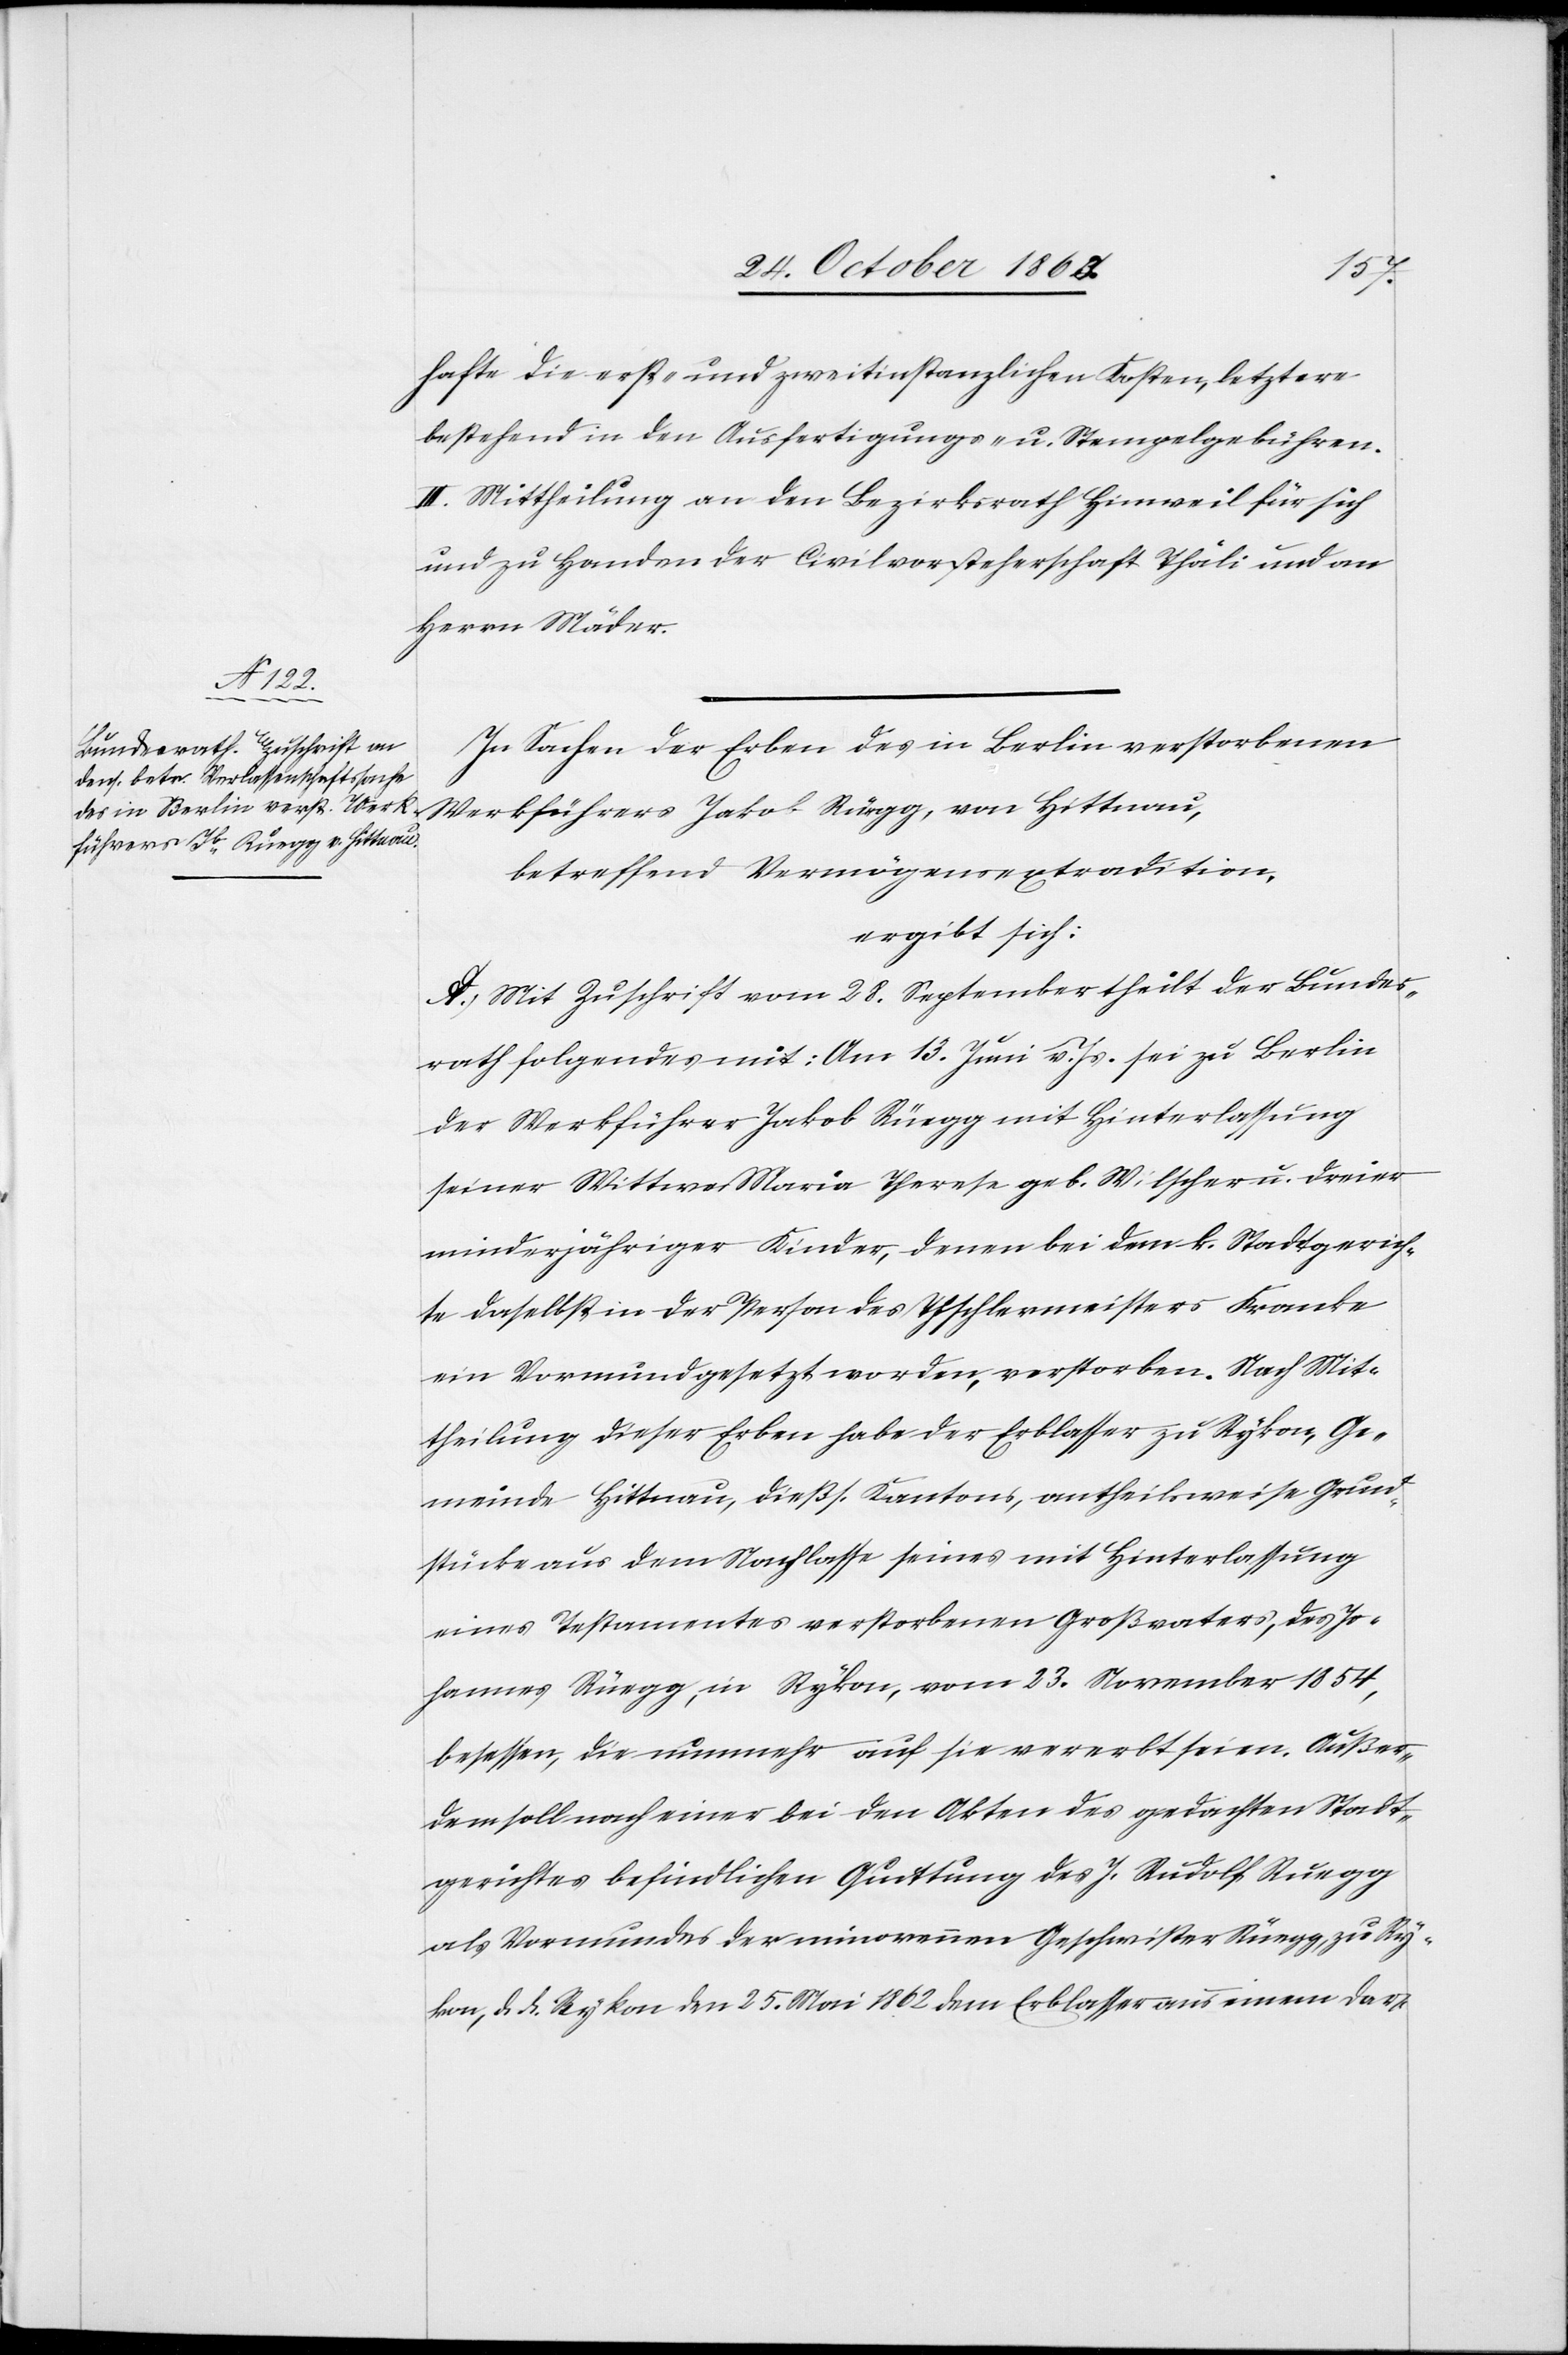
hafte die erst- und zweitinstanzlichen Kosten, letztere
bestehend in den Ausfertigungs- u. Stempelgebühren.
III. Mittheilung an den Bezirksrath Hinweil für sich
und zu Handen der Civilvorsteherschaft Thäli und an
Herrn Mäder.
In Sachen der Erben des in Berlin verstorbenen
Werkführers Jakob Rüegg [sic!], von Hittnau,
betreffend Vermögensextradition,
ergibt sich:
A.) Mit Zuschrift vom 28. September theilt der Bundes¬
rath folgendes mit: Am 13. Juni v. Js. sei zu Berlin
der Werkführer Jakob Rüegg mit Hinterlassung
seiner Wittwe Maria Therese geb. Wilscher u. dreier
minderjähriger Kinder, denen bei dem k. Stadtgerich¬
te daselbst in der Person des Tischlermeisters Franke
ein Vormund gesetzt worden, verstorben. Nach Mit¬
theilung dieser Erben habe der Erblasser zu Rykon, Ge¬
meinde Hittnau, dießs. Kantons, antheilsweise Grund¬
stücke aus dem Nachlasse seines mit Hinterlassung
eines Testamentes verstorbenen Großvaters, des Jo¬
hannes Rüegg, in Rykon, vom 23. November 1854,
besessen, die nunmehr auf sie vererbt seien. Außer¬
dem soll nach einer bei den Akten des gedachten Stadt¬
gerichtes befindlichen Quittung des J. Rudolf Ruegg
als Vormundes der minorennen Geschwister Rüegg, zu Ry¬
kon, d. d. Rykon den 25. Mai 1862 dem Erblasser aus einem Dar-